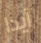
آيدا